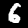
Digit: 6